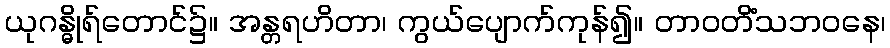
ယုဂန္ဓိုရ်တောင်၌။ အန္တရဟိတာ၊ ကွယ်ပျောက်ကုန်၍။ တာဝတိံသဘဝနေ၊